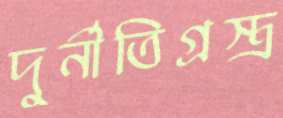
দুর্নীতিগ্রস্ত্র